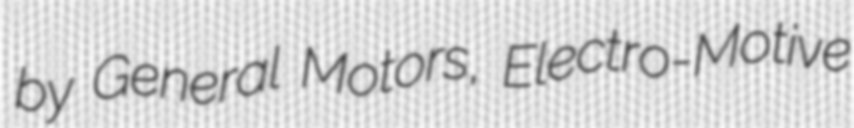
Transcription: by General Motors, Electro-Motive